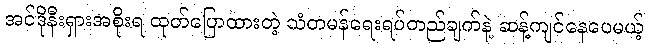
အင်ဒိုနီးရှားအစိုးရ ထုတ်ပြောထားတဲ့ သံတမန်ရေးရပ်တည်ချက်နဲ့ ဆန့်ကျင်နေပေမယ့်